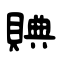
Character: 賟